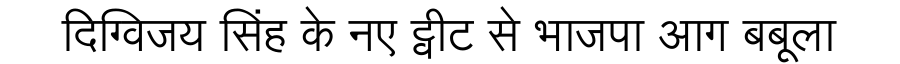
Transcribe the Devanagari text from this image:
दिग्विजय सिंह के नए ट्वीट से भाजपा आग बबूला